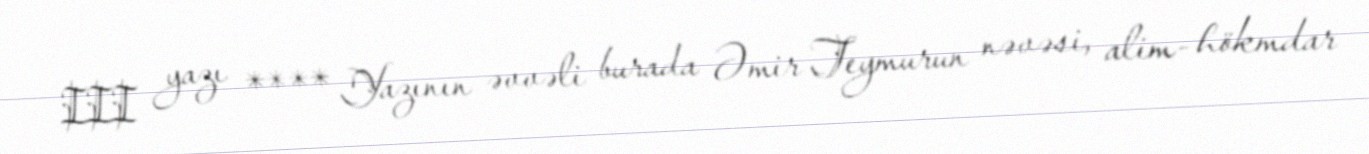
III yazı **** Yazının əvvəli burada Əmir Teymurun nəvəsi, alim- hökmdar